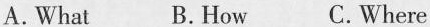
A.What B.How C.Where